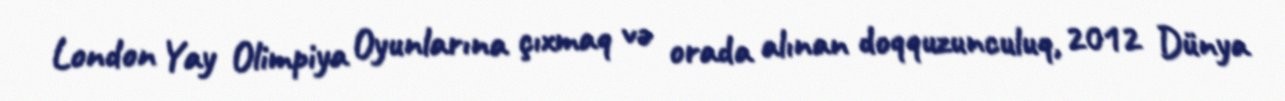
London Yay Olimpiya Oyunlarına çıxmaq və orada alınan doqquzunculuq, 2012 Dünya